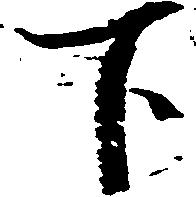
下